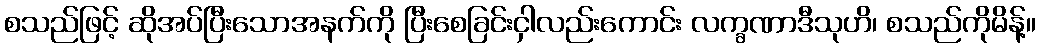
စသည်ဖြင့် ဆိုအပ်ပြီးသောအနက်ကို ပြီးစေခြင်းငှါလည်းကောင်း လက္ခဏာဒီသုဟိ၊ စသည်ကိုမိန့်။